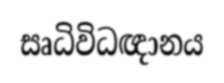
සෘධිවිධඥානය